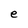
Character: e